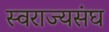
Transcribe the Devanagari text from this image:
स्वराज्यसंघ